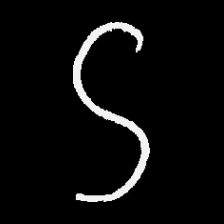
Pyu character \u2014 Myanmar letter: ဌ (romanized: ttha)